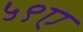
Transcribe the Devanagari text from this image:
५९ए